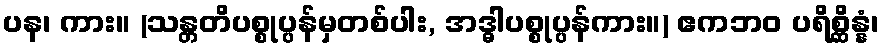
ပန၊ ကား။ (သန္တတိပစ္စုပ္ပန်မှတစ်ပါး, အဒ္ဓါပစ္စုပ္ပန်ကား။) ဧကဘဝ ပရိစ္ဆိန္နံ၊